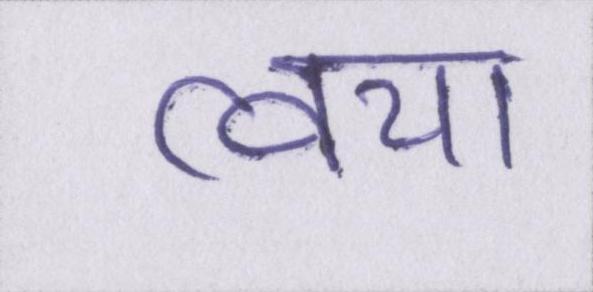
त्वचा